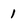
Character: 1